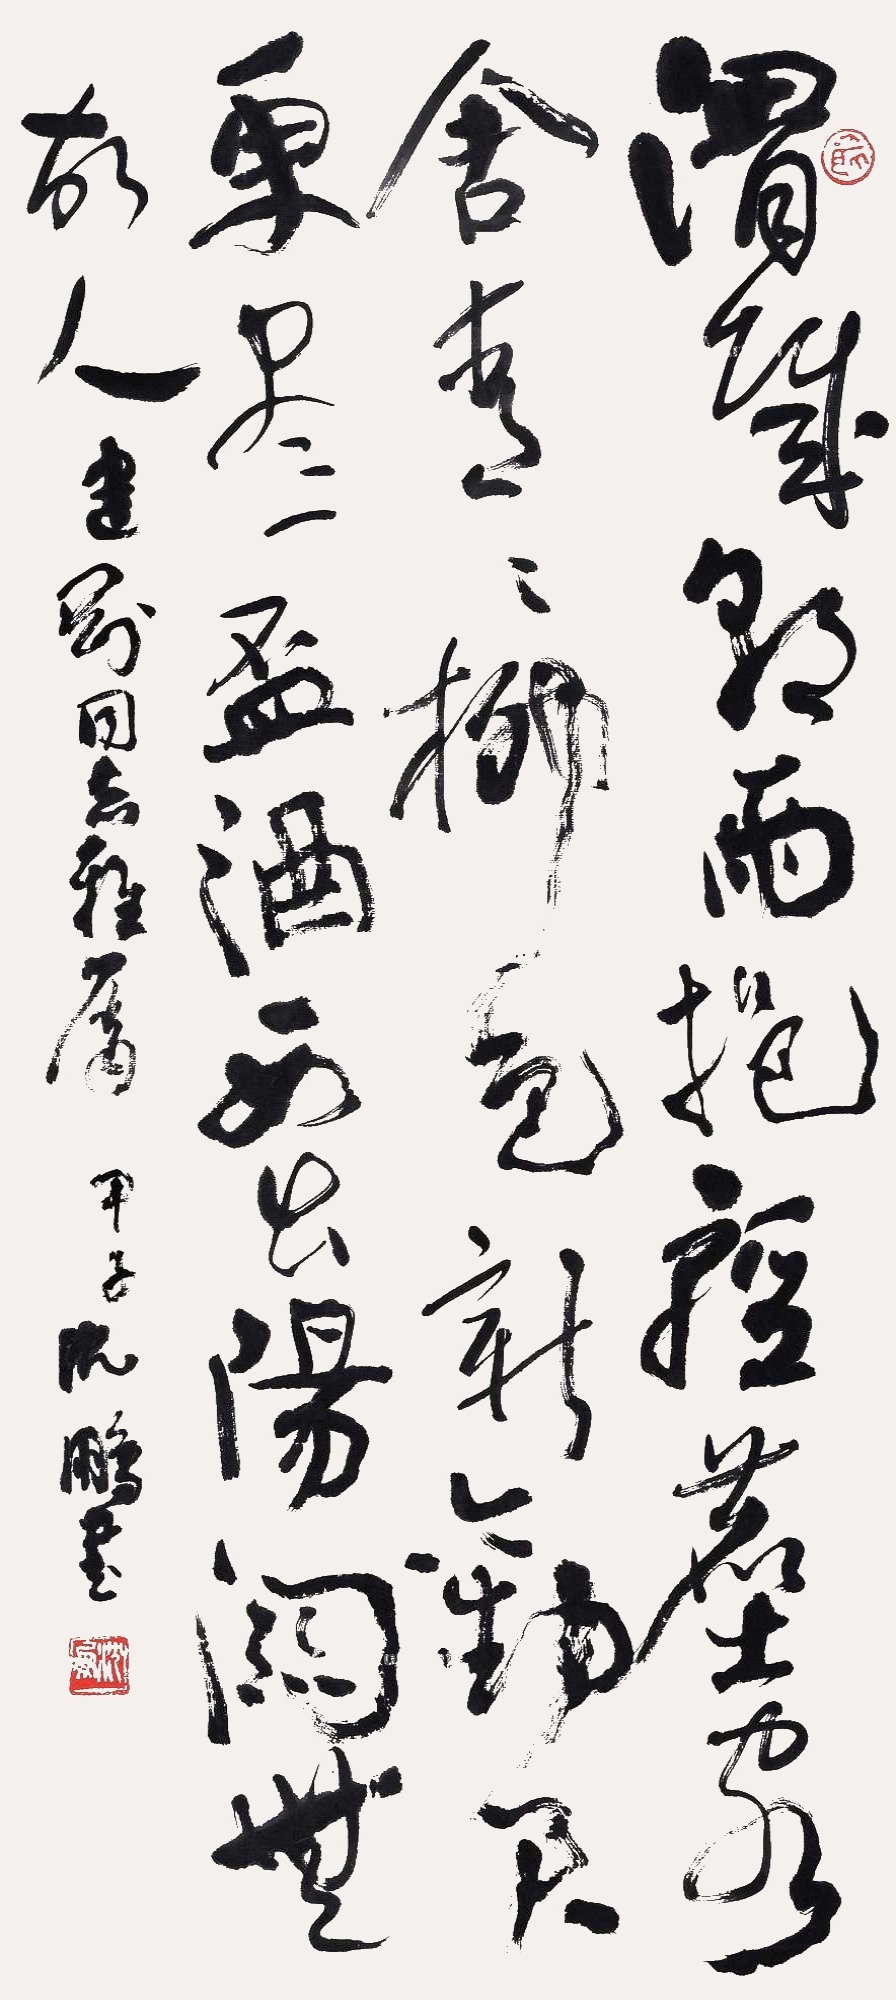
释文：渭城朝雨浥轻尘，客舍青青柳色新。劝君更尽一杯酒，西出阳关无故人。建刚同志雅属。甲子，沈鹏书。